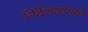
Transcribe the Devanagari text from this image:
निर्देशकांमध्ये